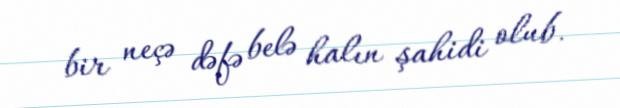
bir neçə dəfə belə halın şahidi olub.